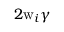
2 \mathrm { w } _ { i } \gamma